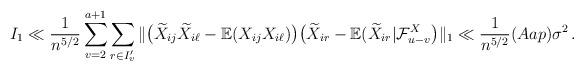
LaTeX: \begin{align*}I_{1}\ll\frac{1}{n^{5/2}}\sum_{v=2}^{a+1}\sum_{r\in I_{v}^{\prime}}\Vert\big ({\widetilde{X}}_{ij}{\widetilde{X}}_{i\ell}-{\mathbb{E}}({X}_{ij}{X}_{i\ell})\big )\big({\widetilde{X}}_{ir}-{\mathbb{E}}({\widetilde{X}}_{ir}|{\mathcal{F}}_{u-v}^{X}\big )\Vert_{1}\ll\frac{1}{n^{5/2}}(Aap)\sigma^{2}\,. \end{align*}